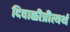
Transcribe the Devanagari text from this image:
दिवाळीप्रीत्यर्थ